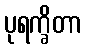
ပုရက္ခိတာ